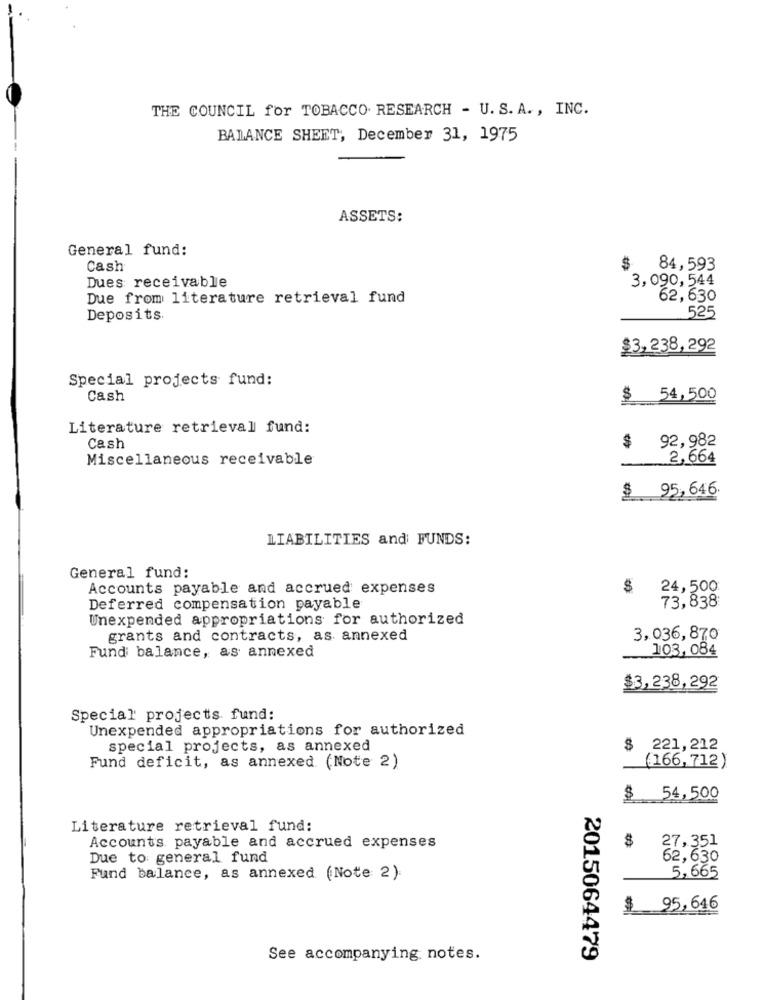
THE COUNCIL for TOBACCO RESEARCH - U. S. A. , INC.
BALANCE SHEET, December 31, 1975
ASSETS:
General fund:
Cash
84,593
Dues receivable
3,090,544
Due from literature retrieval fund
62, 630
Deposits.
525
$3,238,292
Special projects fund:
Cash
$ 54,500
Literature retrieval fund:
Cash
92,982
Miscellaneous receivable
2,664
$ 95,646.
LIABILITIES and FUNDS:
General fund:
Accounts payable and accrued expenses
24,500
Deferred compensation payable
73,838
Unexpended appropriations for authorized
grants and contracts, as annexed
3,036,870
Fund balance, as annexed
103, 084
$3,238,292
Special projects fund:
Unexpended appropriations for authorized
special projects, as annexed
$ 221,212
(166,712)
Fund deficit, as annexed (Note 2)
$ 54,500
Literature retrieval fund:
27,351
Accounts payable and accrued expenses
Due to general fund
62, 630
Fund balance, as annexed (Note 2)
5,665
$ 95,646
See accompanying notes.
2015064479